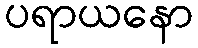
ပရာယနော